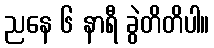
ညနေ ၆ နာရီ ခွဲတိတိပါ။